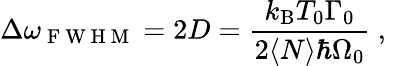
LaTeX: \Delta\omega_{\mathrm{~F~W~H~M~}}=2D=\frac{k_{\mathrm{B}}T_{0}\Gamma_{0}}{2\langle N\rangle\hbar\Omega_{0}}\mathrm{~,~}